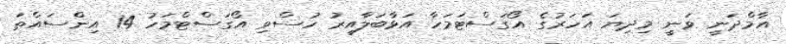
އާމްދަނީ ވަނީ މިދިޔަ އަހަރުގެ އޯގަސްޓަމަހާ އަޅާބަލާއިރު ހުސްވި އޯގަސްޓްމަހު 14 އިންސައްތަ